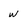
Character: w